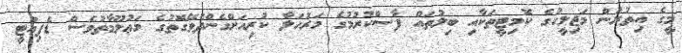
މީގެ އިތުރުން މަޖިލީހުގެ ކޮމިޓީތަކާއި ބިލުތައް ފާސްކުރުމުގެ މަރުހަލާ ކުރިއަށްގެންދެވޭގޮތުގެ މަޢުލޫމާތުވެސް ޑެޕިއުޓީ